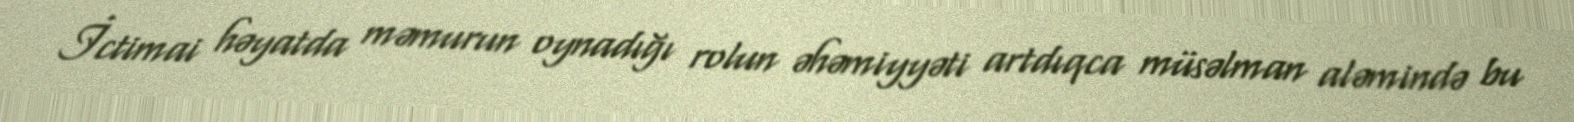
İctimai həyatda məmurun oynadığı rolun əhəmiyyəti artdıqca müsəlman aləmində bu